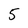
Character: 5